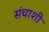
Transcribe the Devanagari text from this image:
संचाशी